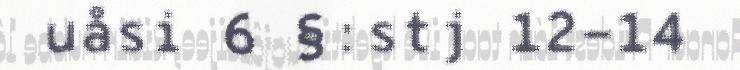
uåsi 6 §:stj 12-14